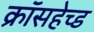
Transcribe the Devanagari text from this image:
क्रॉसहेच्ड